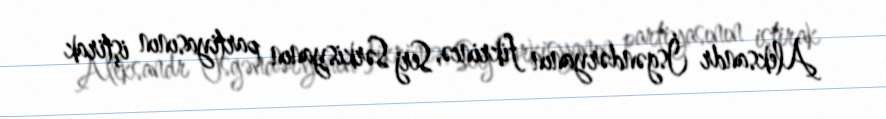
Aleksandr İsgəndəryanın fikrincə, Serj Sərkisyanın partiyasının iştirak